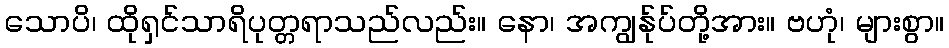
သောပိ၊ ထိုရှင်သာရိပုတ္တရာသည်လည်း။ နော၊ အကျွန်ုပ်တို့အား။ ဗဟုံ၊ များစွာ။